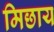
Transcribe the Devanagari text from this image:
मिछाय